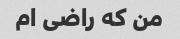
من که راضی ام